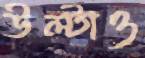
উল্‌টাও